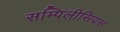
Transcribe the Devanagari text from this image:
सम्पिलीसियस